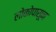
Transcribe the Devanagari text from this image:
लोकोपासून